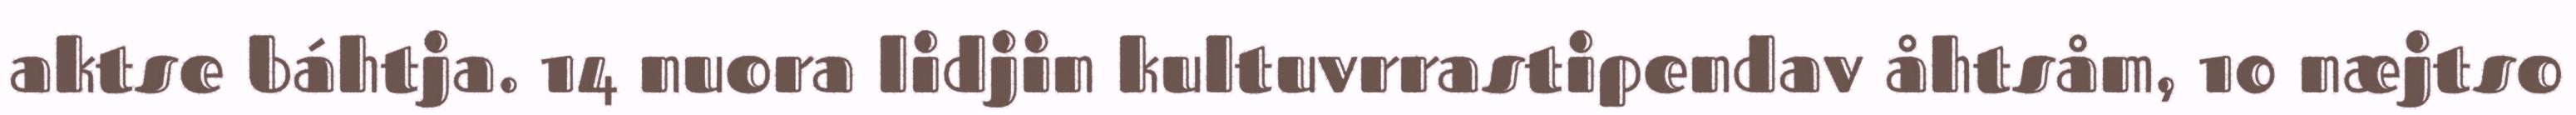
aktse báhtja. 14 nuora lidjin kultuvrrastipendav åhtsåm, 10 næjtso